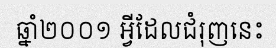
ឆ្នាំ២០០១ អ្វីដែលជំរុញនេះ